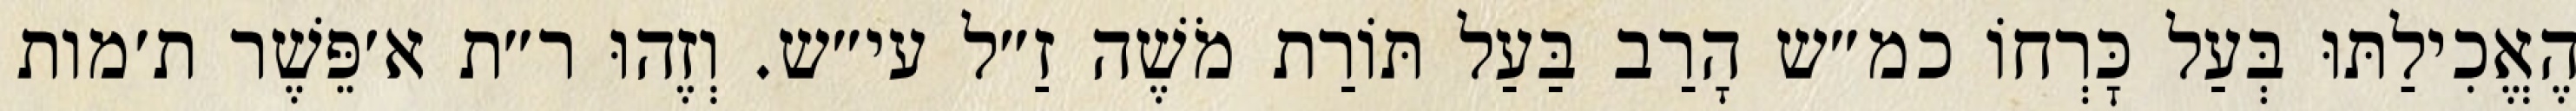
הֶאֱכִילַתּוּ בְּעַל כׇּרְחוֹ כמ״ש הָרַב בַּעַל תּוֹרַת מֹשֶׁה זַ״ל עי״ש. וְזֶהוּ ר״ת א׳פֵּשֶׁר ת׳מות